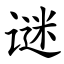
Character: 谜